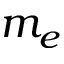
m _ { e }